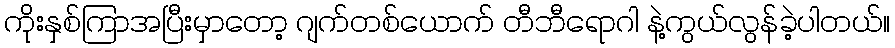
ကိုးနှစ်ကြာအပြီးမှာတော့ ဂျက်တစ်ယောက် တီဘီရောဂါ နဲ့ကွယ်လွန်ခဲ့ပါတယ်။